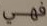
فهي